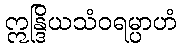
ဣန္ဒြိယသံဝရမ္ပာဟံ